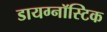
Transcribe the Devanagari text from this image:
डायग्नॉस्टिक